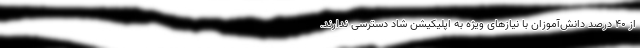
از ۴۰ درصد دانش‌آموزان با نیازهای ویژه به اپلیکیشن شاد دسترسی ندارند.